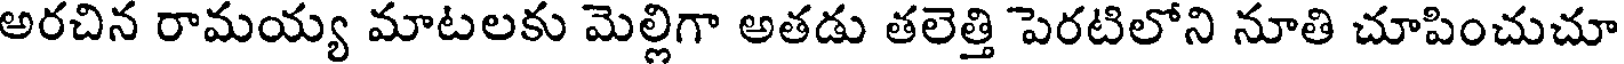
అరచిన రామయ్య మాటలకు మెల్లిగా అతడు తలెత్తి పెరటిలోని నూతి చూపించుచూ